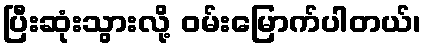
ပြီးဆုံးသွားလို့ ဝမ်းမြောက်ပါတယ်၊